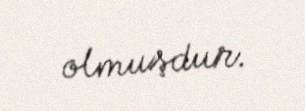
olmuşdur.